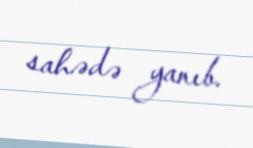
sahədə yanıb.